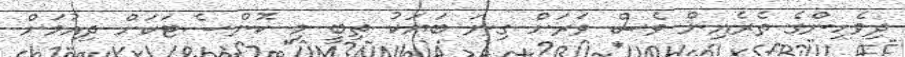
ދިވެހިންގެ ތެރެއިން ވެސް ވަރަށް ގިނަ ބަޔަކު ތިބީ މި ކޮންސެޓަކަށް ދިއުމަށް